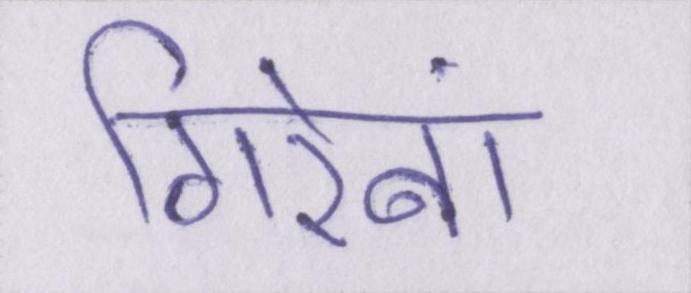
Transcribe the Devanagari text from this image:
गिरेबां